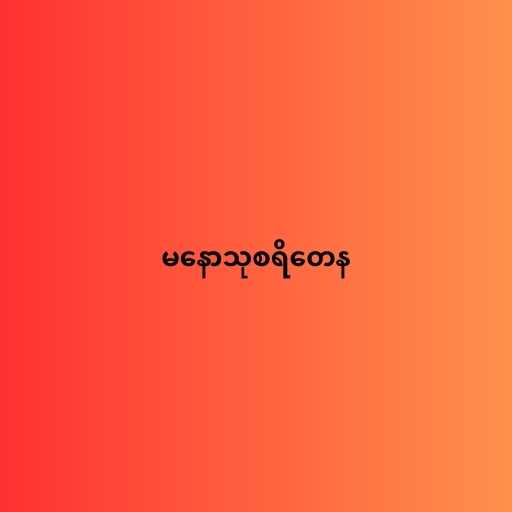
မနောသုစရိတေန